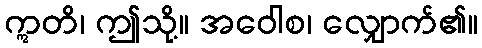
ဣတိ၊ ဤသို့။ အဝေါစ၊ လျှောက်၏။